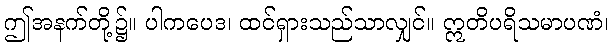
ဤအနက်တို့၌။ ပါကပေဒ၊ ထင်ရှားသည်သာလျှင်။ ဣတိပရိသမာပဏံ၊